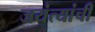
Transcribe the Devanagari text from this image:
जयंत्यांची